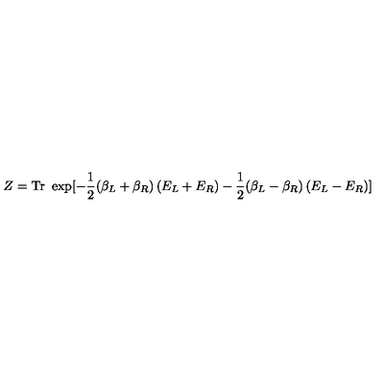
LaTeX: Z = \mathrm { T r } \ \exp [ - \frac 1 2 ( \beta _ { L } + \beta _ { R } ) \left( E _ { L } + E _ { R } \right) - \frac 1 2 ( \beta _ { L } - \beta _ { R } ) \left( E _ { L } - E _ { R } \right) ]